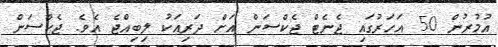
އުމުރުން 50 އަހަރުގައި ޖެނެޓް ޖެކްސަން އަށް ދަރިއަކު ލިބިއްޖެ އެވެ. ޖެކްސަން